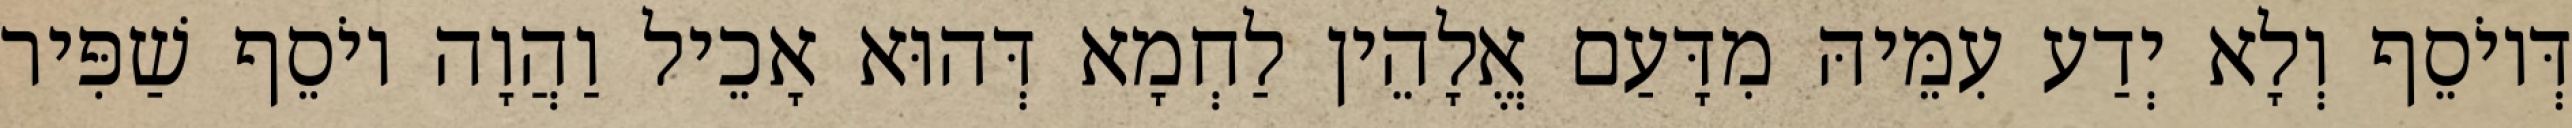
דְּיוֹסֵף וְלָא יְדַע עִמֵּיהּ מִדָּעַם אֱלָהֵין לַחְמָא דְּהוּא אָכֵיל וַהֲוָה יוֹסֵף שַׁפִּיר